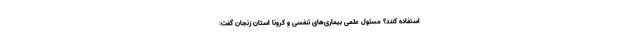
استفاده کنند؟ مسئول علمی بیماری‌های تنفسی و کرونا استان زنجان گفت: